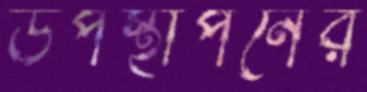
উপস্থাপনের